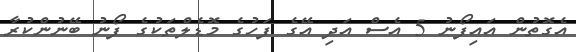
އެގޮތުން އައިފޯނު 5 އެސް އަދި އޭގެ ފަހުގެ މޮޑެލްތަކުގެ ފޯނު ބޭނުންކުރާ